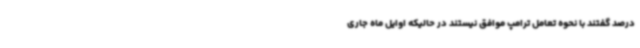
درصد گفتند با نحوه تعامل ترامپ موافق نیستند در حالیکه اوایل ماه جاری